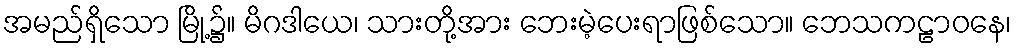
အမည်ရှိသော မြို့၌။ မိဂဒါယေ၊ သားတို့အား ဘေးမဲ့ပေးရာဖြစ်သော။ ဘေသကဠာဝနေ၊